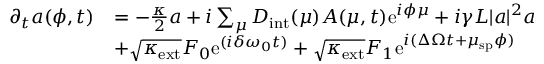
\begin{array} { r l } { \partial _ { t } a ( \phi , t ) } & { = - \frac { \kappa } { 2 } a + i \sum _ { \mu } D _ { \mathrm { i n t } } ( \mu ) A ( \mu , t ) \mathrm { e } ^ { i \phi \mu } + i \gamma L | a | ^ { 2 } a } \\ & { + \sqrt { \kappa _ { \mathrm { e x t } } } F _ { 0 } \mathrm { e } ^ { ( i \delta \omega _ { 0 } t ) } + \sqrt { \kappa _ { \mathrm { e x t } } } F _ { 1 } \mathrm { e } ^ { i ( \Delta \Omega t + \mu _ { \mathrm { s p } } \phi ) } } \end{array}